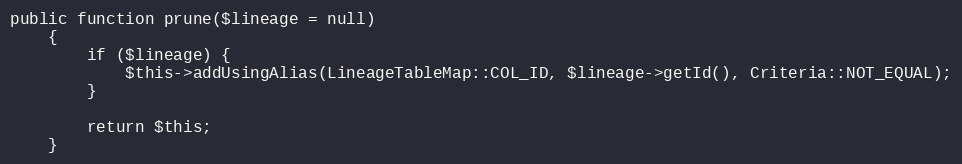
Language: PHP
public function prune($lineage = null)
    {
        if ($lineage) {
            $this->addUsingAlias(LineageTableMap::COL_ID, $lineage->getId(), Criteria::NOT_EQUAL);
        }

        return $this;
    }